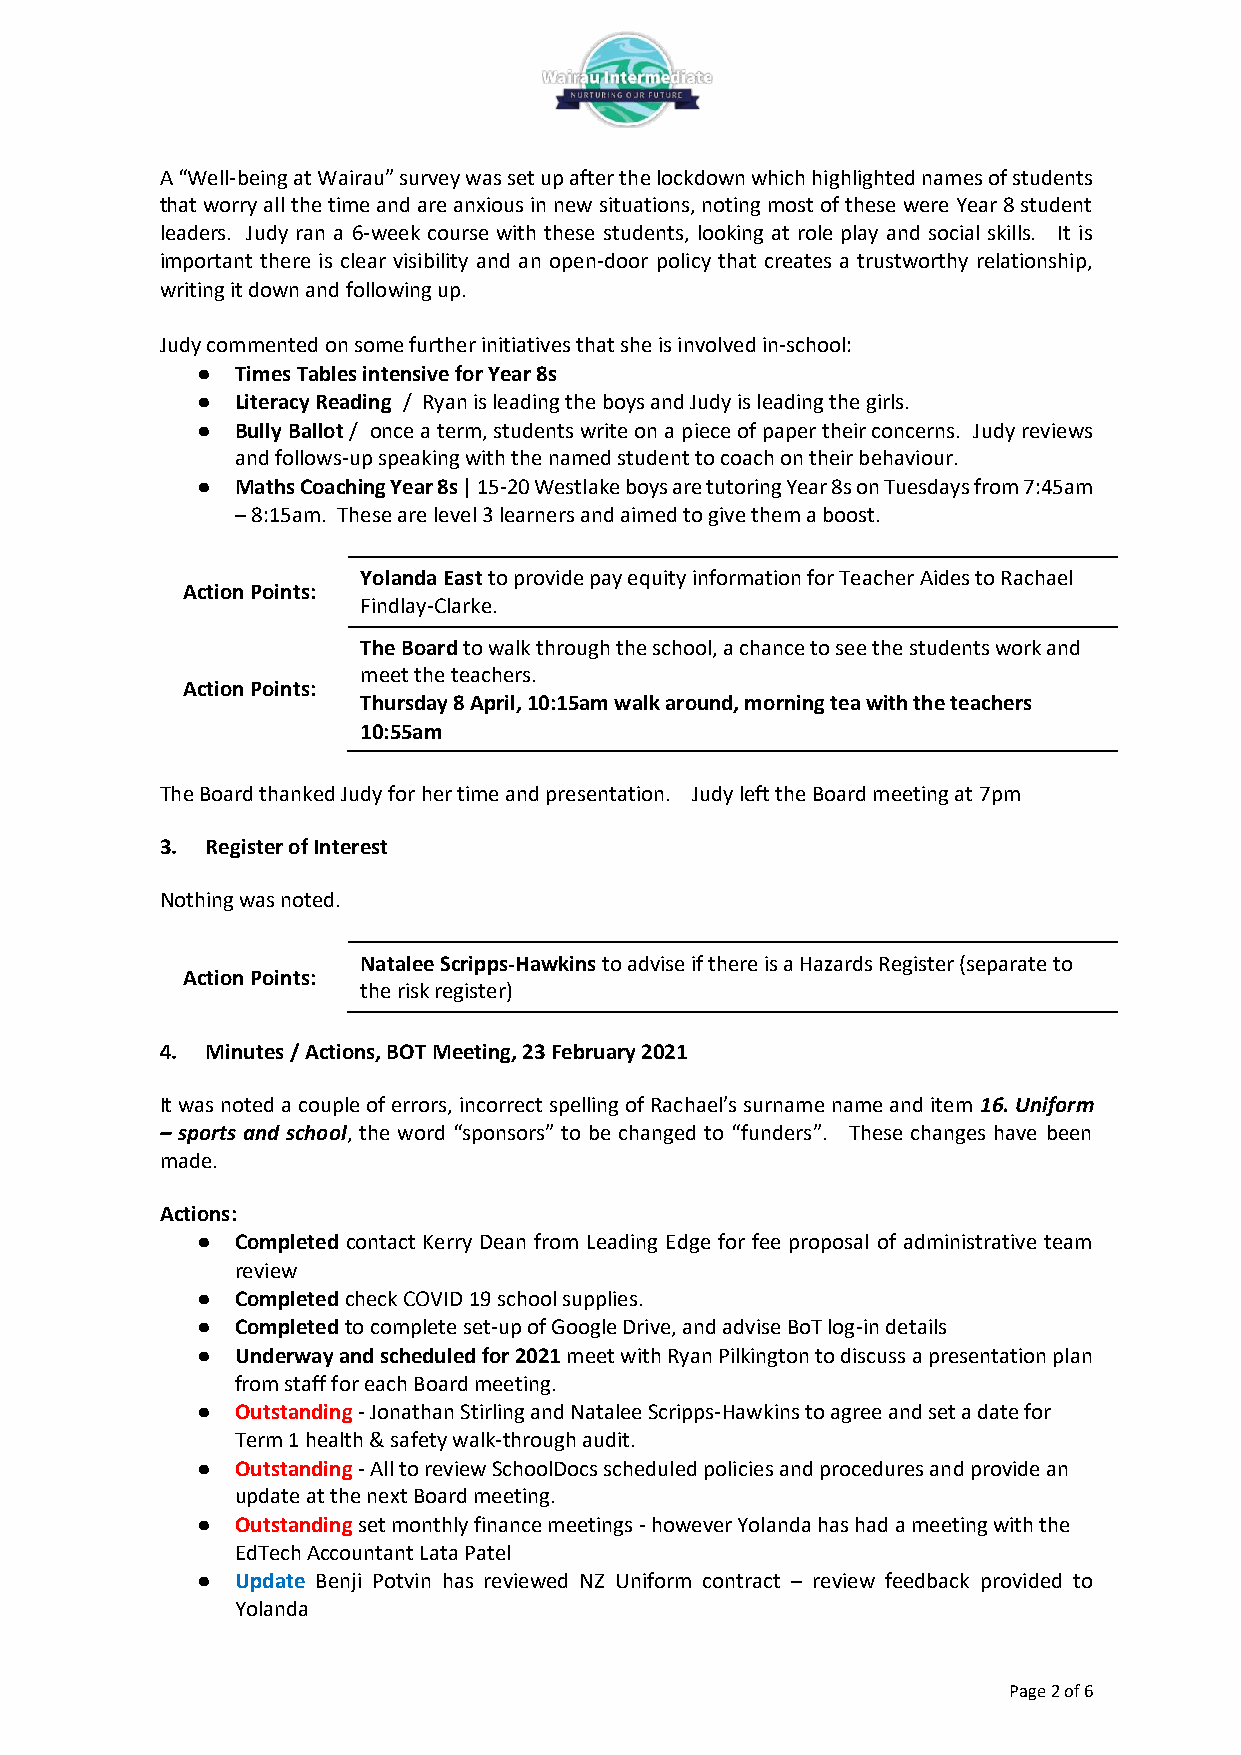
A “Well-being at Wairau” survey was set up after the lockdown which highlighted names of students
 that worry all the time and are anxious in new situations, noting most of these were Year 8 student
 leaders. Judy ran a 6-week course with these students, looking at role play and social skills. It is
 important there is clear visibility and an open-door policy that creates a trustworthy relationship,
 writing it down and following up.
 Judy commented on some further initiatives that she is involved in-school:
 ●  Times Tables intensive for Year 8s
 ●  Literacy Reading / Ryan is leading the boys and Judy is leading the girls.
 ●  Bully Ballot / once a term, students write on a piece of paper their concerns. Judy reviews
 and follows-up speaking with the named student to coach on their behaviour.
 ●  Maths Coaching Year 8s | 15-20 Westlake boys are tutoring Year 8s on Tuesdays from 7:45am
 – 8:15am. These are level 3 learners and aimed to give them a boost.
 Yolanda East to provide pay equity information for Teacher Aides to Rachael
 Action Points:
 Findlay-Clarke.
 The Board to walk through the school, a chance to see the students work and
 meet the teachers.
 Action Points:
 Thursday 8 April, 10:15am walk around, morning tea with the teachers
 10:55am
 The Board thanked Judy for her time and presentation. Judy left the Board meeting at 7pm
 3. Register of Interest
 Nothing was noted.
 Natalee Scripps-Hawkins to advise if there is a Hazards Register (separate to
 Action Points:
 the risk register)
 4. Minutes / Actions, BOT Meeting, 23 February 2021
 It was noted a couple of errors, incorrect spelling of Rachael’s surname name and item 16. Uniform
 – sports and school, the word “sponsors” to be changed to “funders”. These changes have been
 made.
 Actions:
 ●  Completed contact Kerry Dean from Leading Edge for fee proposal of administrative team
 review
 ●  Completed check COVID 19 school supplies.
 ●  Completed to complete set-up of Google Drive, and advise BoT log-in details
 ●  Underway and scheduled for 2021 meet with Ryan Pilkington to discuss a presentation plan
 from staff for each Board meeting.
 ●  Outstanding - Jonathan Stirling and Natalee Scripps-Hawkins to agree and set a date for
 Term 1 health & safety walk-through audit.
 ●  Outstanding - All to review SchoolDocs scheduled policies and procedures and provide an
 update at the next Board meeting.
 ●  Outstanding set monthly finance meetings - however Yolanda has had a meeting with the
 EdTech Accountant Lata Patel
 ●  Update Benji Potvin has reviewed NZ Uniform contract – review feedback provided to
 Yolanda
 Page 2 of 6